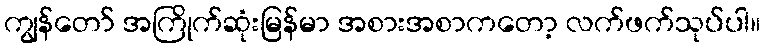
ကျွန်တော် အကြိုက်ဆုံးမြန်မာ အစားအစာကတော့ လက်ဖက်သုပ်ပါ။